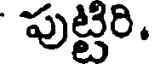
పుట్టిరి.